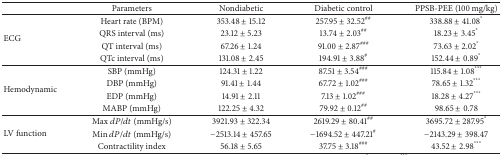
|  | Parameters | Nondiabetic | Diabetic control | PPSB-PEE (100 mg/kg) |
 | --- | --- | --- | --- | --- |
 | <ROWSPAN=4> ECG | Heart rate (BPM) | 353.48 ± 15.12 | 257.95 ± 32.52## | 338.88 ± 41.08* |
 | QRS interval (ms) | 23.12 ± 5.23 | 13.74 ± 2.03## | 18.23 ± 3.45* |
 | QT interval (ms) | 67.26 ± 1.24 | 91.00 ± 2.87### | 73.63 ± 2.02* |
 | QTc interval (ms) | 131.08 ± 2.45 | 194.91 ± 3.88# | 152.44 ± 0.89* |
 | <ROWSPAN=4> Hemodynamic | SBP (mmHg) | 124.31 ± 1.22 | 87.51 ± 3.54### | 115.84 ± 1.08*** |
 | DBP (mmHg) | 91.41 ± 1.44 | 67.72 ± 1.02### | 78.65 ± 1.32*** |
 | EDP (mmHg) | 14.91 ± 2.11 | 7.13 ± 1.02### | 18.28 ± 4.27*** |
 | MABP (mmHg) | 122.25 ± 4.32 | 79.92 ± 0.12## | 98.65 ± 0.78 |
 | <ROWSPAN=3> LV function | Max dP/dt (mmHg/s) | 3921.93 ± 322.34 | 2619.29 ± 80.41## | 3695.72 ± 287.95* |
 | Min dP/dt (mmHg/s) | −2513.14 ± 457.65 | −1694.52 ± 447.21# | −2143.29 ± 398.47 |
 | Contractility index | 56.18 ± 5.65 | 37.75 ± 3.18### | 43.52 ± 2.98*** |